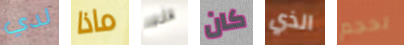
لدي ماذا هذه كان الذي لحجم